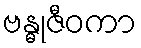
ဗန္ဓုဇီဝကာ